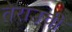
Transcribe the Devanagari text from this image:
तेराउची